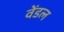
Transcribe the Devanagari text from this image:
वेंडल